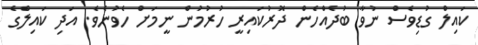
ކައިލް ގުޑިވެސް ނުވާ ބުދެއްހެން ދޮރުކައިރީ ހުރުމުން ނީމަށް ހެވުނެވެ. އަދި ކައިލްގެ